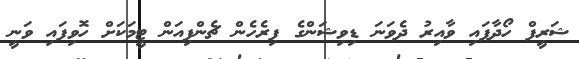
ޝަރީފް ހޯދާފައި ވާއިރު ދެވަނަ ޑިވިޝަންގެ ފިރެހެން ޗެންޕިއަން ޓީމަކަށް ހޮވިފައި ވަނީ